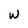
Character: W